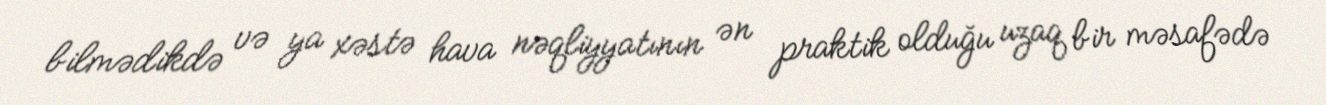
bilmədikdə və ya xəstə hava nəqliyyatının ən praktik olduğu uzaq bir məsafədə